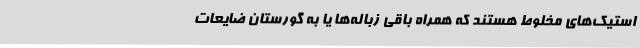
استیک‌های مخلوط هستند که همراه باقی زباله‌ها یا به گورستان ضایعات